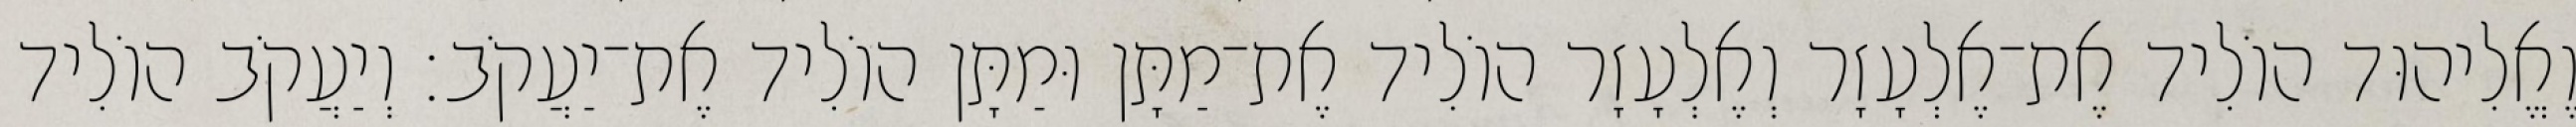
וֶאֱלִיהוּד הוֹלִיד אֶת־אֶלְעָזָר וְאֶלְעָזָר הוֹלִיד אֶת־מַתָּן וּמַתָּן הוֹלִיד אֶת־יַעֲקֹב׃ וְיַעֲקֹב הוֹלִיד